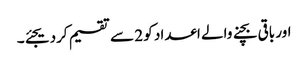
اور باقی بچنے والے اعداد کو 2 سے تقسیم کردیجئے۔